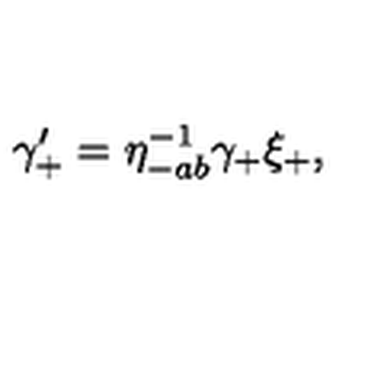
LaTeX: \gamma _ { + } ^ { \prime } = \eta _ { - a b } ^ { - 1 } \gamma _ { + } \xi _ { + } ,